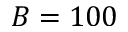
B = 1 0 0